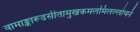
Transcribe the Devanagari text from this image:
वामाङ्कारूढसीतामुखकमलमिलल्लोचनं